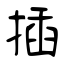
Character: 插